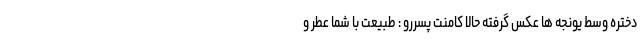
دختره وسط یونجه ها عکس گرفته حالا کامنت پسررو : طبیعت با شما عطر و